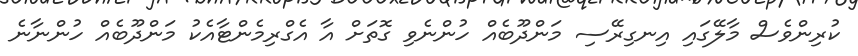
ކުރިންވެސް މާލޭގައި އިނގިރޭސި މަންދޫބެއް ހުންނެވި ގޮތަށް އާ އެގްރިމެންޓާއެކު މަންދޫބެއް ހުންނާނެ